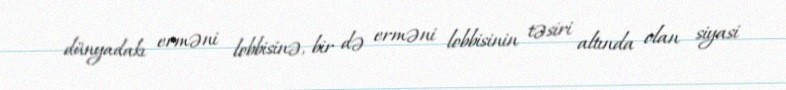
dünyadakı erməni lobbisinə, bir də erməni lobbisinin təsiri altında olan siyasi